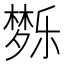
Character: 𰋗